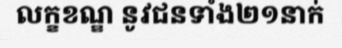
លក្ខខណ្ឌ នូវជនទាំង២១នាក់